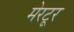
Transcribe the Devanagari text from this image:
मेरटूर